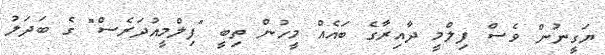
ޔަގީނުން ވެސް ފިލްމީ ދާއިރާގެ ބައެއް މީހުން ތިބީ "ފިލްމީއުދަރެސް" ގެ ބަދަލު